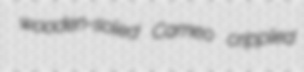
wooden-soled Cameo crippled